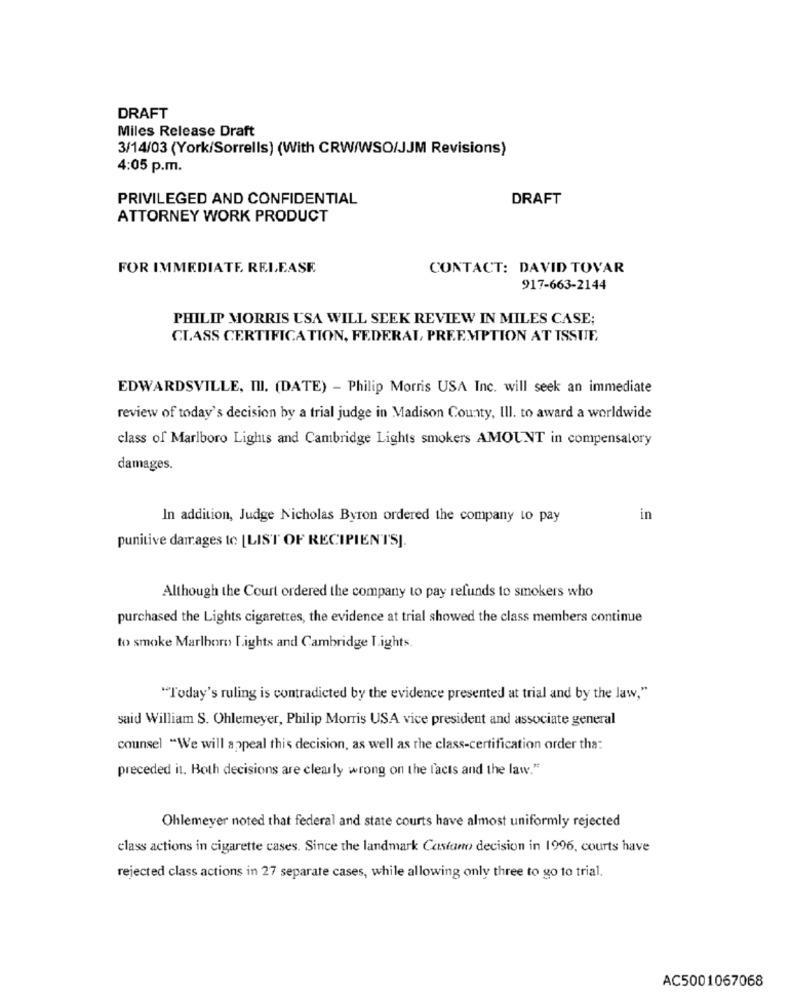
DRAFT
Miles Release Draft
3/14/03 (York/Sorrells) (With CRW/WSO/JJM Revisions)
4:05 p.m.
PRIVILEGED AND CONFIDENTIAL
DRAFT
ATTORNEY WORK PRODUCT
FOR IMMEDIATE, RELEASE
CONTACT: DAVID TOVAR
917-663-2144
PHILIP MORRIS USA WILL SEEK REVIEW IN MILES CASE;
CLASS CERTIFICATION, FEDERAL, PREEMPTION AT ISSUE,
EDWARDSVILLE, III. (DATE) - Philip Morris USA Inc. will seek an immediate
review of today's decision by a trial judge in Madison County, Ill. to award a worldwide
class of Marlboro Lights and Cambridge Lights smokers AMOUNT in compensatory
damages.
In addition, Judge Nicholas Byron ordered the company to pay
in
punitive damages to [LIST OF RECIPIENTS].
Although the Court ordered the company to pay refunds to smokers who
purchased the Lights cigarettes, the evidence at trial showed the class members continue
to smoke Marlboro Lights and Cambridge Lights
"Today's ruling is contradicted by the evidence presented at trial and by the law,"
said William S. Ohlemeyer, Philip Morris USA vice president and associate general
counsel "We will appeal this decision, as well as the class-certification order tha:
preceded it. Both decisions are clearly wrong on the facts and the law."
Ohlemeyer noted that federal and state courts have almost uniformly rejected
class actions in cigarette cases. Since the landmark Castano decision in 1996, courts have
rejected class actions in 27 separate cases, while allowing only three to go to trial.
AC5001067068